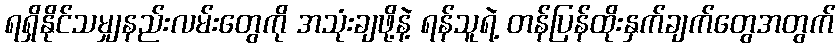
ရရှိနိုင်သမျှနည်းလမ်းတွေကို အသုံးချဖို့နဲ့ ရန်သူရဲ့ တန်ပြန်ထိုးနှက်ချက်တွေအတွက်